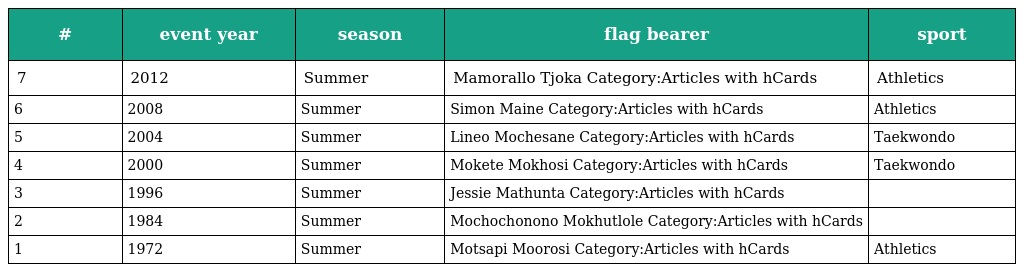
| # | event year | season | flag bearer | sport |
 | --- | --- | --- | --- | --- |
 | 7 | 2012 | Summer | Mamorallo Tjoka Category:Articles with hCards | Athletics |
 | 6 | 2008 | Summer | Simon Maine Category:Articles with hCards | Athletics |
 | 5 | 2004 | Summer | Lineo Mochesane Category:Articles with hCards | Taekwondo |
 | 4 | 2000 | Summer | Mokete Mokhosi Category:Articles with hCards | Taekwondo |
 | 3 | 1996 | Summer | Jessie Mathunta Category:Articles with hCards |  |
 | 2 | 1984 | Summer | Mochochonono Mokhutlole Category:Articles with hCards |  |
 | 1 | 1972 | Summer | Motsapi Moorosi Category:Articles with hCards | Athletics |